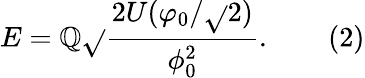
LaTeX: E=\mathbb{Q}{\sqrt{}{{\frac{{2U(\varphi_{0}/{\sqrt{}{{2}}})}}{{\phi_{0}^{2}}}}}}.\, \, \, \, \, \, \, \, \, \, \, \, (2)